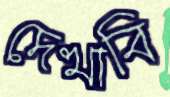
দেখাবি